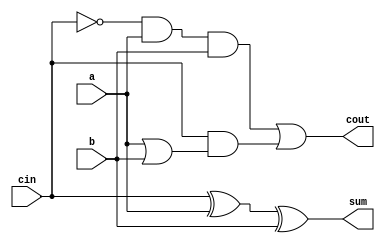
module full_adder(a,b,cin,sum,cout);
	input a,b,cin;
	output sum,cout;

	assign sum = cin ^ a ^ b; // cin XOR a XOR b
	assign cout = ~cin & a & b | cin & ( a | b);
endmodule